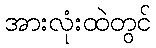
အားလုံးထဲတွင်